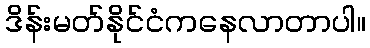
ဒိန်းမတ်နိုင်ငံကနေလာတာပါ။